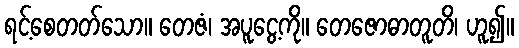
ရင့်စေတတ်သော။ တေဇံ၊ အပူငွေ့ကို။ တေဇောဓာတူတိ၊ ဟူ၍။